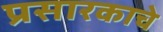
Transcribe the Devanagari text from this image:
प्रसारकाचे